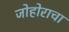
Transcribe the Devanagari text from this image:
जोहोराचा